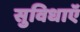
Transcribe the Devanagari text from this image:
सुविधाऍ